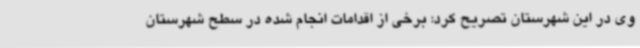
وی در این شهرستان تصریح کرد: برخی از اقدامات انجام شده در سطح شهرستان